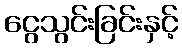
ငွေသွင်းခြင်းနှင့်